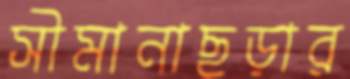
সীমানাছড়ার